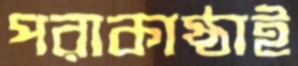
পরাকাষ্ঠাই